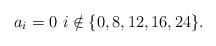
LaTeX: \begin{align*} a_i =0 ~i \notin \{0,8,12,16,24\}.\end{align*}